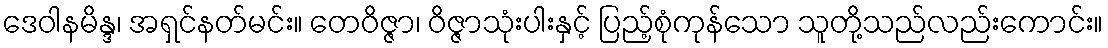
ဒေဝါနမိန္ဒ၊ အရှင်နတ်မင်း။ တေဝိဇ္ဇာ၊ ဝိဇ္ဇာသုံးပါးနှင့် ပြည့်စုံကုန်သော သူတို့သည်လည်းကောင်း။